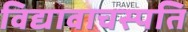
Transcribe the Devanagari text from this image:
विद्यावाचस्‍पति